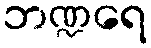
ဘဏ္ဍရေ